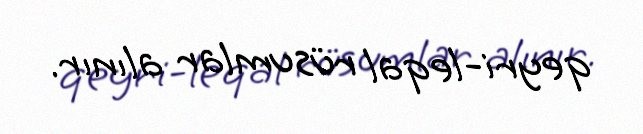
qeyri-leqal rüsumlar alınır.